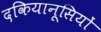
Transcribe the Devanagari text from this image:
दकियानूसियों